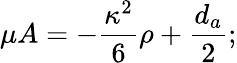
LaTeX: \mu A=-\frac{\kappa^{2}}{6}\rho+\frac{d_{a}}{2};